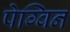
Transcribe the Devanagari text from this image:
पेग्विन